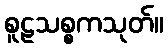
စူဠသစ္စကသုတ်။